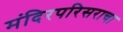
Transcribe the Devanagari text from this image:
मंदिरपरिसराचा